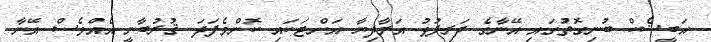
އަބީޝެކް ބުނިގޮތުގައި އޭނާގެ ދަރިފުޅު އަރާދިޔާ އަށްޓަކައި ކޮންމެފަދަ ޤުރުބާނީ އެއްވެސް އޭނާ